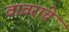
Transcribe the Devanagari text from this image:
वावराचे